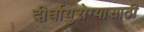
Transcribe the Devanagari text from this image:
दीर्घायुरोग्यासाठी